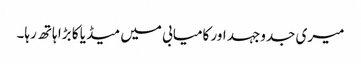
میری جدوجہد اور کامیابی میں میڈیا کا بڑا ہاتھ رہا۔